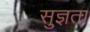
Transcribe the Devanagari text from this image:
सुज्ञता